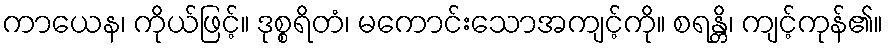
ကာယေန၊ ကိုယ်ဖြင့်။ ဒုစ္စရိတံ၊ မကောင်းသောအကျင့်ကို။ စရန္တိ၊ ကျင့်ကုန်၏။